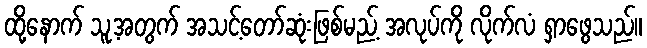
ထို့နောက် သူ့အတွက် အသင့်တော်ဆုံးဖြစ်မည့် အလုပ်ကို လိုက်လံ ရှာဖွေသည်။